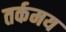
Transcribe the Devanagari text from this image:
तर्कमय